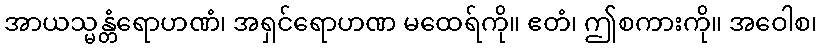
အာယသ္မန္တံရောဟဏံ၊ အရှင်ရောဟဏ မထေရ်ကို။ ဧတံ၊ ဤစကားကို။ အဝေါစ၊